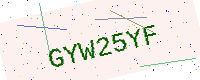
Text: GYW25YF